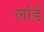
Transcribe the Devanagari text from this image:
र्लार्ड